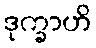
ဒုက္ခာဟိ